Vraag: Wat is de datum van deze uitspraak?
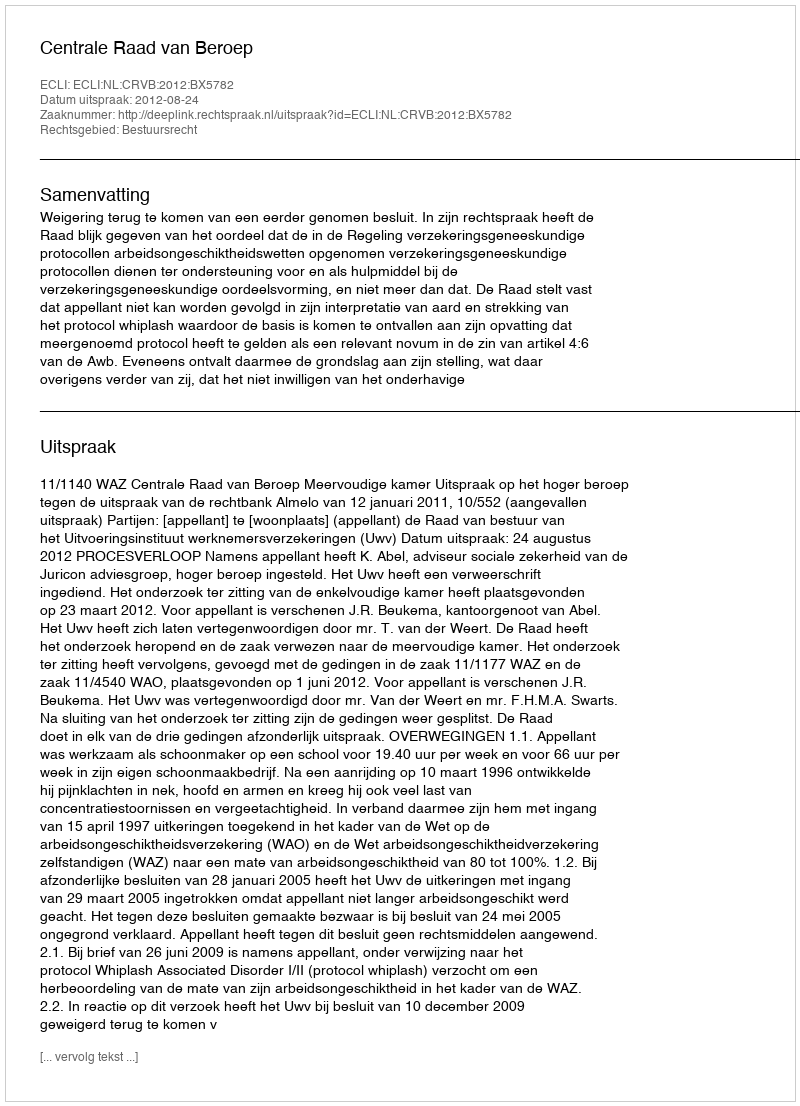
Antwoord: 2012-08-24